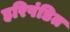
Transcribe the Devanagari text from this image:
हरिपंडित